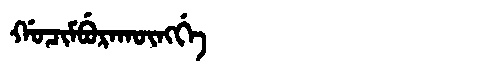
Manchu: ᡤᠣᠴᡳᠮᠪᡠᡵᠠᡴᡡᠩᡤᡝ
Romanization: GOCIMBURAKŪNGGE